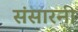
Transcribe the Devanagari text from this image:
संसारनी